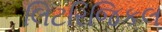
લિટરિજિકલ